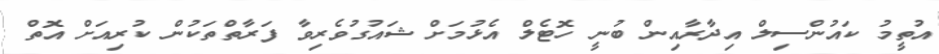
އުތީމު ކައުންސިލް އިދާރާއިން ބުނީ ހޮޓެލް އެޅުމަށް ޝައުގުވެރިވާ ފަރާތްތަކުން ކުރިއަށް އޮތް